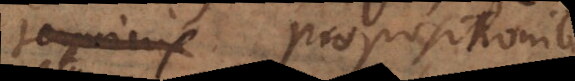
tantum propositione,